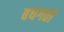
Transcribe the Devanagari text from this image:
बघगतो